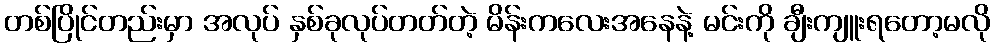
တစ်ပြိုင်တည်းမှာ အလုပ် နှစ်ခုလုပ်တတ်တဲ့ မိန်းကလေးအနေနဲ့ မင်းကို ချီးကျူးရတော့မလို